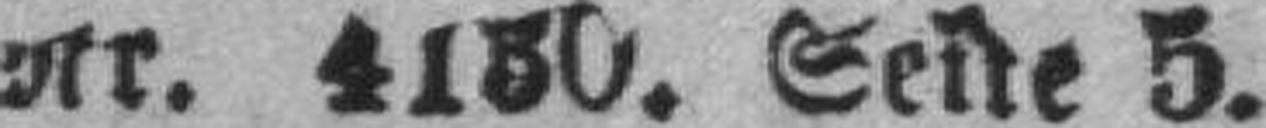
Nr. 4130. Seite 5.